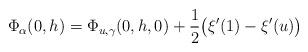
LaTeX: \begin{align*}\Phi_\alpha(0,h)&=\Phi_{u,\gamma}(0,h,0)+\frac{1}{2}\bigl(\xi'(1)-\xi'(u)\bigr)\end{align*}